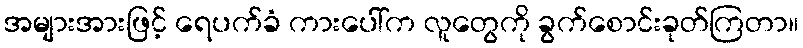
အများအားဖြင့် ရေပက်ခံ ကားပေါ်က လူတွေကို ခွက်စောင်းခုတ်ကြတာ။